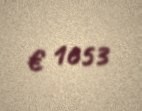
€ 1653